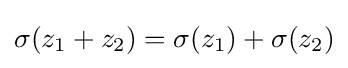
\sigma (z_{1}+z_{2})=\sigma (z_{1})+\sigma (z_{2})